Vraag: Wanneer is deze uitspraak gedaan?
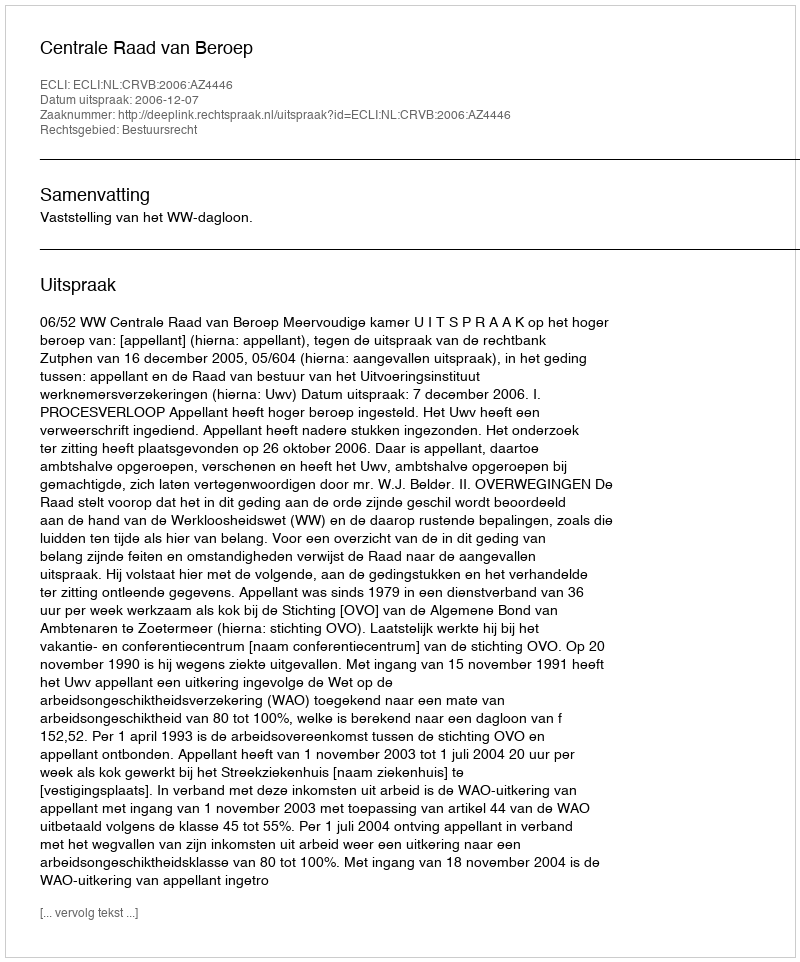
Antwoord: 2006-12-07